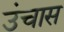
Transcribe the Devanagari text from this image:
उंचास